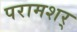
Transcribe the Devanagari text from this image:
परामशर्